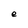
Character: e